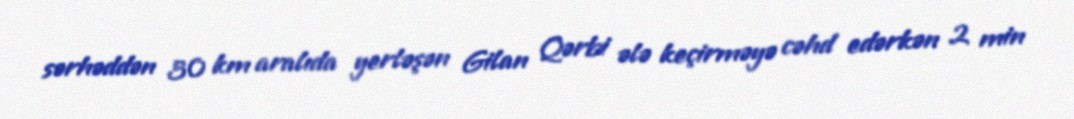
sərhəddən 30 km aralıda yerləşən Gilan Qərbi ələ keçirməyə cəhd edərkən 2 min